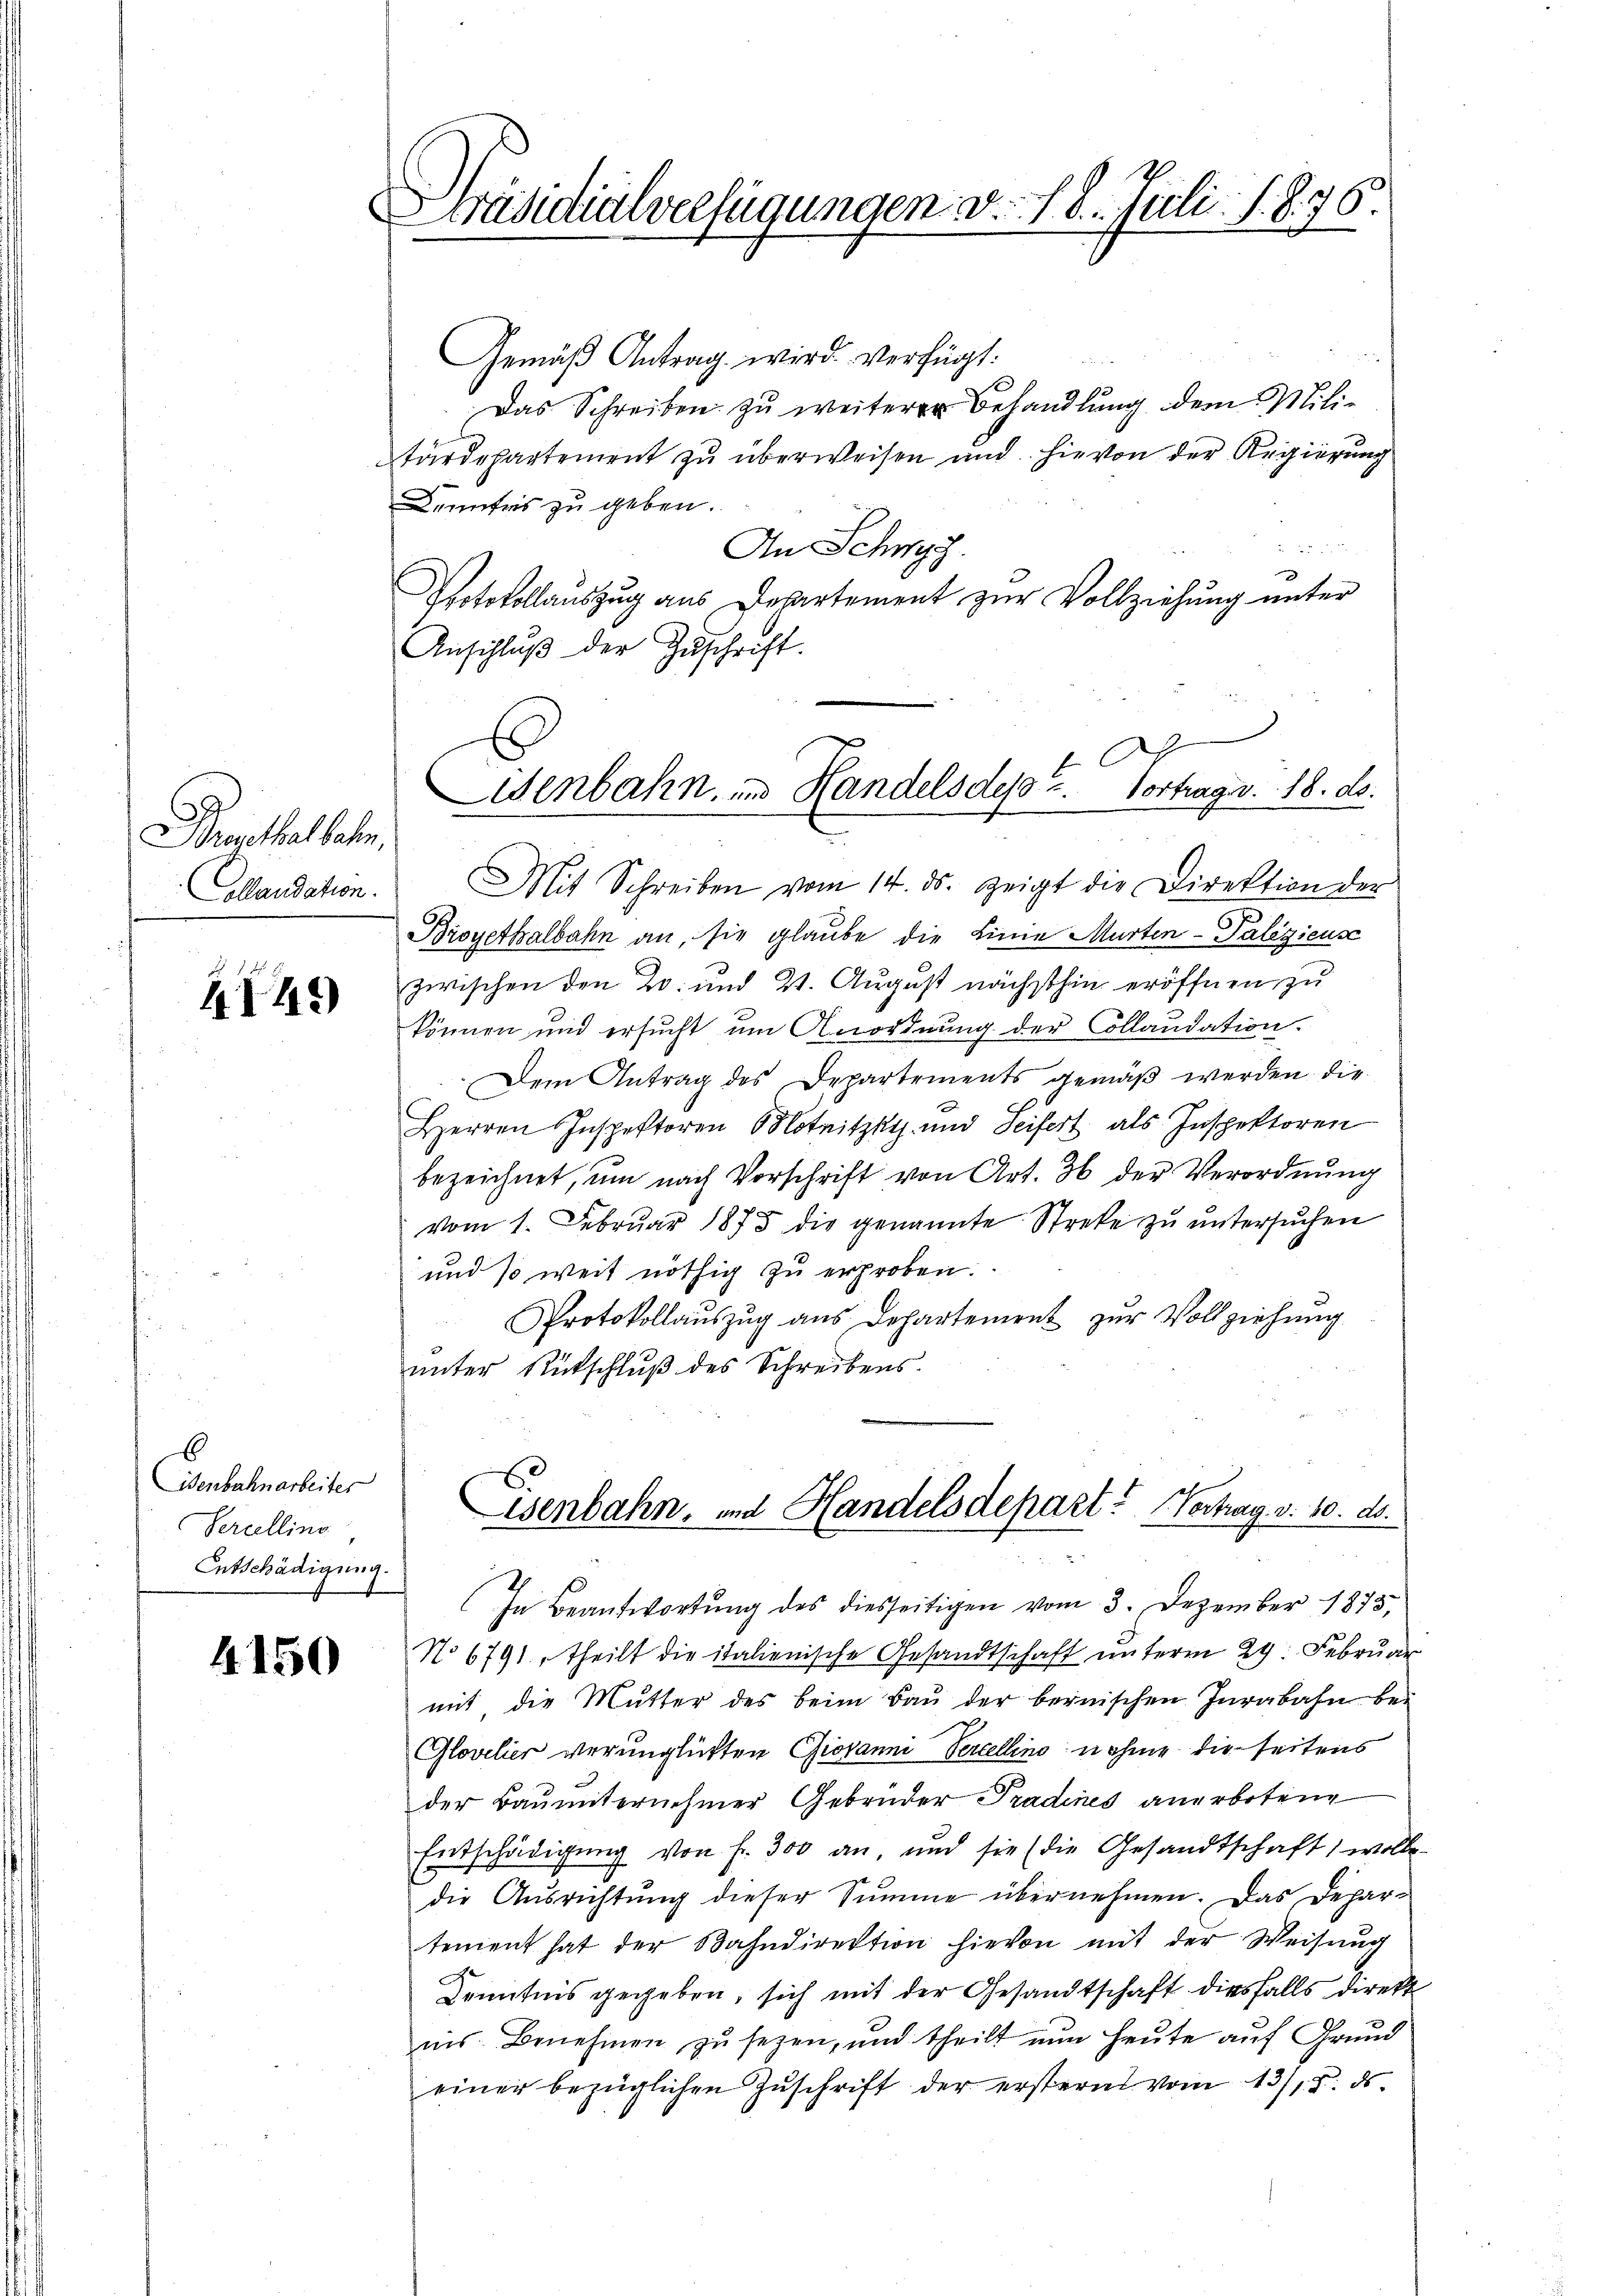
ropethalbahn,
Collaudation.

249

b
ienbahnarbeiter
Sercelling
Entschädigung.

4150

Präsidialverfügungen. v. 18. Juli: 1. §. 76.

Gemäβ Antrag wird verfügt:
Das Schreiben zu weiterer Behandlung dem Militärdepartement zu überweisen und hievon der Regierung
Kenntnis zu geben.
 xx
An Schwyz.
Protokollauszug aus Departement zur Vollziehung unter
Anschlŭβ der Zŭschrift.
Broyethalbahn an, sie glaube die Linie Murten- Palizieuse
zwischen den 20. und 2. August nächsthin eröffnen, zu
können und ersucht um Anordnung der Collaudation.
Dem Antrag des Departements gemäß werden die
Herren Inspektoren Motnitzky und Seifert als Inspektoren
bezeichnet, um nach Vorschrift von Art. 36 der Verordnung
vom 1. Febrŭar 1875 die genannte Streke zŭ ŭntersŭchen
und so weit nöthig zu erproben.
Protokollaŭszŭg ans Departement zŭr Vollziehung
unter Rütschluß des Schreibens
Esenbahn, und Handelsdepart? Vertrag v. 10. ds.
In Beantwortung des diesseitigen vom 3. Dezember 1875,
No 6791, Theilt die italienische Gesandtschaft unterm 29. Februar
mit die Mutter des beim Bau der bernischen Jurabahn be¬
Glovelier verunglükten Giovanni Percellino nahme die seitens
der Bauunternehmer Gebrüder Pradines anerbotene
Entschädigŭng von f. 300 an, und sie (die Gesandtschaft, wolle.
die Ausrichtung dieser Summe übernehmen. Das Departement hat der Bahndirektion hievon mit der Weisŭng
Kenntnis gegeben, sich mit der Gesandtschaft diesfalls direkt
nis Benehmen zu sezen, und theilt nun heute auf Grund
einer bezüglichen Zŭschrift der erstern vom 43/18. ds.

senbahn, und Handels desst. Vortrag v. 18. ds.
Mit Schreiben vom 14. ds. zeigt die Direktion der